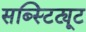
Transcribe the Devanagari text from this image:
सब्स्टिट्यूट